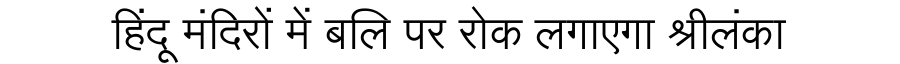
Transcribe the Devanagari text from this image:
हिंदू मंदिरों में बलि पर रोक लगाएगा श्रीलंका